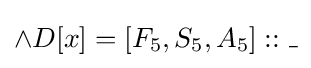
\land D[x]=[F_{5},S_{5},A_{5}]::\_